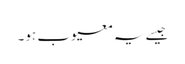
جیسے یہ معیوب ہو۔